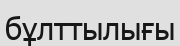
бұлттылығы